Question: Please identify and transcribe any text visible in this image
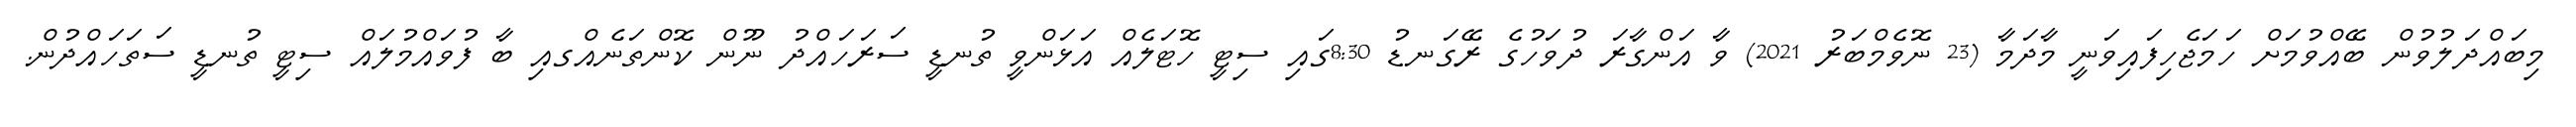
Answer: މިބައްދަލުވުން ބޭއްވުމަށް ހަމަޖެހިފައިވަނީ މާދަމާ (23 ނޮވެމްބަރު 2021) ވާ އަންގާރަ ދުވަހުގެ ރޭގަނޑު 8:30ގައި ސިޓީ ހޮޓަލެއް އަޅަންވީ ތުނޑީ ސަރަހައްދު ނޫން ކޮންތަނެއްގއި ބާ ފުވައްމުލައް ސިޓީ ތުނޑީ ސަތަހައްދުން.